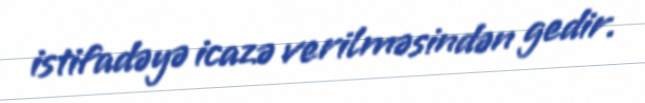
istifadəyə icazə verilməsindən gedir.